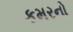
કમરનો